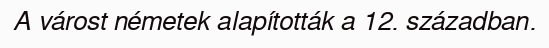
A várost németek alapították a 12. században.